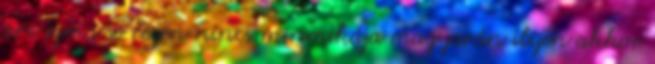
arc izma se rezen nincs minmikája magyarán ilyen akkor